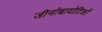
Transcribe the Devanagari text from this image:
जीनोबायोटिकों